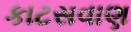
કાટસવાણ